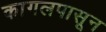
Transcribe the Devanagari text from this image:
कागलपासून